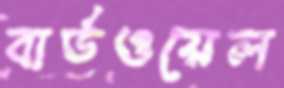
বার্ডওয়েল